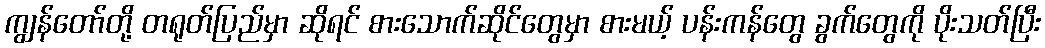
ကျွန်တော်တို့ တရုတ်ပြည်မှာ ဆိုရင် စားသောက်ဆိုင်တွေမှာ စားမယ့် ပန်းကန်တွေ ခွက်တွေကို ပိုးသတ်ပြီး